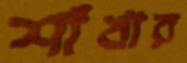
শাঁখার